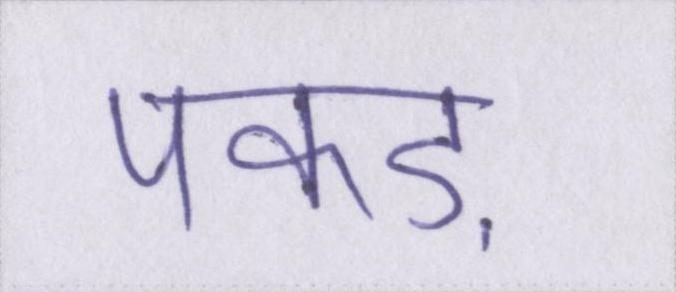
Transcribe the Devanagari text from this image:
पकड़